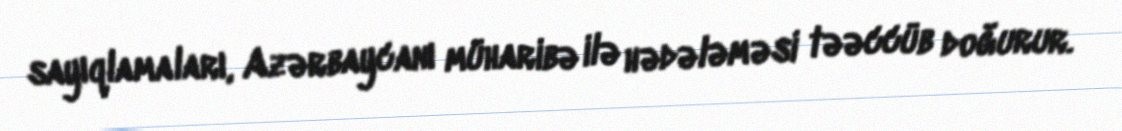
sayıqlamaları, Azərbaycanı müharibə ilə hədələməsi təəccüb doğurur.